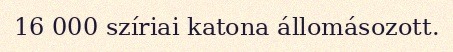
16 000 szíriai katona állomásozott.